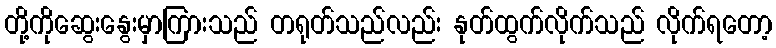
တို့ကိုဆွေးနွေးမှာကြားသည် တရုတ်သည်လည်း နုတ်ထွက်လိုက်သည် လိုက်ရတော့